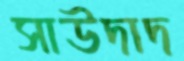
সাউদাদ